Plague in India, 1896, 1897 - Volume 1
Year: 1896
Disease focus: Plague
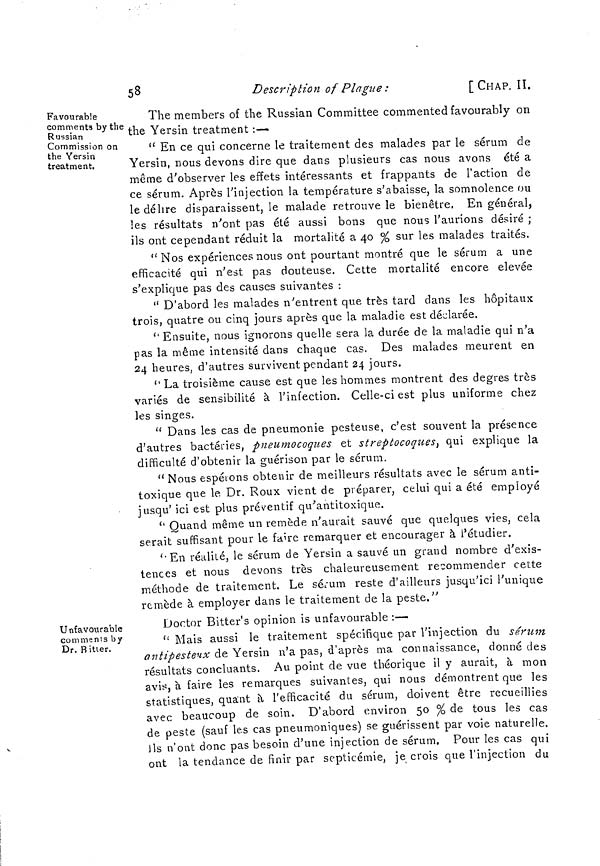
58
Description of Plague:
[ CHAP. II.
Favourable
comments by the
Russian
Commission on
the Versin
treatment.
The members of the Russian Committee commented favourably on
the Yersin treatment :—
" En ce qui concerne le traitement des malades par le sérum de
Yersin, nous devons dire que dans plusieurs cas nous avons été a
même d'observer les effets intéressants et frappants de l'action de
ce sérum. Après l'injection la température s'abaisse, la somnolence ou
le délire disparaissent, le malade retrouve le bienêtre, En général,
les résultats n'ont pas été aussi bons que nous l'aurions désiré ;
ils ont cependant réduit la mortalité a 40 % sur les malades traités.
" Nos expériences nous ont pourtant montré que le sérum a une
efficacité qui n'est pas douteuse. Cette mortalité encore élevée
s'explique pas des causes suivantes :
" D'abord les malades n'entrent que très tard dans les hôpitaux
trois, quatre ou cinq jours après que la maladie est déclarée.
" Ensuite, nous ignorons quelle sera la durée de la maladie qui n'a
pas la même intensité dans chaque cas. Des malades meurent en
24 heures, d'autres survivent pendant 24 jours.
" La troisième cause est que les hommes montrent des degrés très
variés de sensibilité à l'infection. Celle-ci est plus uniforme chez
les singes.
" Dans les cas de pneumonie pesteuse, c'est souvent la présence
d'autres bactéries, pneumocoques et streptocoques, qui explique la
difficulté d'obtenir la guérison par le sérum.
" Nous espérons obtenir de meilleurs résultats avec le sérum anti-
toxique que le Dr. Roux vient de préparer, celui qui a été employé
jusqu' ici est plus préventif qu'antitoxique.
" Quand même un remède n'aurait sauvé que quelques vies, cela
serait suffisant pour le faire remarquer et encourager à l'étudier.
"En réalité, le sérum de Yersin a sauvé un grand nombre d'exis-
tences et nous devons très chaleureusement recommender cette
méthode de traitement. Le sérum reste d'ailleurs jusqu'ici l'unique
remède à employer dans le traitement de la peste,"
Unfavourable
comments by
Dr. Bitier.
Doctor Bitter's opinion is unfavourable :—
" Mais aussi le traitement spécifique par l'injection du sérum
antipestenx de Yersin n'a pas, d'après ma connaissance, donné des
résultats concluants. Au point de vue théorique il y aurait, à mon
avis, à faire les remarques suivantes, qui nous démontrent que les
statistiques, quant à l'efficacité du sérum, doivent être recueillies
avec beaucoup de soin. D'abord environ 50 % de tous les cas
de peste (sauf les cas pneumoniques) se guérissent par voie naturelle.
Its n'ont donc pas besoin d'une injection de sérum. Pour les cas qui
ont la tendance de finir par septicémie, je crois que l'injection du